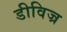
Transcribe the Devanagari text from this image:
डीविज्र